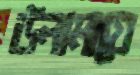
উলামায়ে